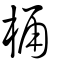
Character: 桶